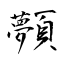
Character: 顭